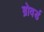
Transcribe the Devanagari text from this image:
ब्रोवर्ड